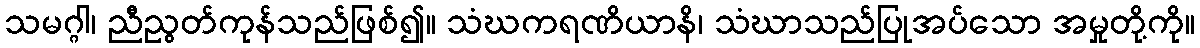
သမဂ္ဂါ၊ ညီညွတ်ကုန်သည်ဖြစ်၍။ သံဃကရဏိယာနိ၊ သံဃာသည်ပြုအပ်သော အမှုတို့ကို။